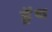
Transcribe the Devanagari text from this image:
ड्रेंथ